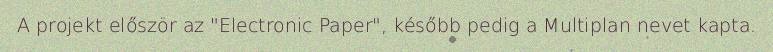
A projekt először az "Electronic Paper", később pedig a Multiplan nevet kapta.